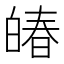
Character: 㿤